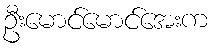
ဦးမောင်မောင်အေးက